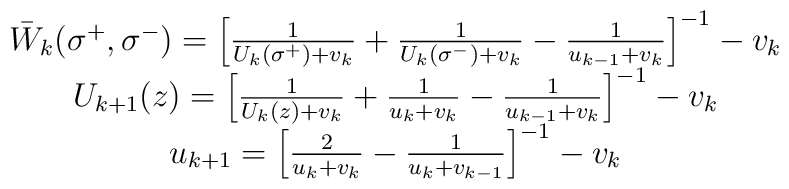
\begin{array}{c}\bar W_k(\sigma ^{+},\sigma ^{-})=\left[ \frac 1{U_k(\sigma ^{+})+v_k}+\frac1{U_k(\sigma ^{-})+v_k}-\frac 1{u_{k-1}+v_k}\right] ^{-1}-v_k \\U_{k+1}(z)=\left[ \frac 1{U_k(z)+v_k}+\frac 1{u_k+v_k}-\frac1{u_{k-1}+v_k}\right] ^{-1}-v_k \\u_{k+1}=\left[ \frac 2{u_k+v_k}-\frac 1{u_k+v_{k-1}}\right] ^{-1}-v_k\end{array}